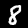
Digit: 8